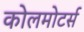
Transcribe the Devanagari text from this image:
कोलमोटर्स